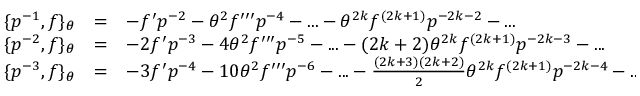
\begin{array} { l c l } { { \{ p ^ { - 1 } , f \} _ { \theta } } } & { { = } } & { { - f ^ { \prime } p ^ { - 2 } - { \theta } ^ { 2 } f ^ { \prime \prime \prime } p ^ { - 4 } - . . . - { \theta } ^ { 2 k } f ^ { ( 2 k + 1 ) } p ^ { - 2 k - 2 } - . . . } } \\ { { \{ p ^ { - 2 } , f \} _ { \theta } } } & { { = } } & { { - 2 f ^ { \prime } p ^ { - 3 } - 4 { \theta } ^ { 2 } f ^ { \prime \prime \prime } p ^ { - 5 } - . . . - ( 2 k + 2 ) { \theta } ^ { 2 k } f ^ { ( 2 k + 1 ) } p ^ { - 2 k - 3 } - . . . } } \\ { { \{ p ^ { - 3 } , f \} _ { \theta } } } & { { = } } & { { - 3 f ^ { \prime } p ^ { - 4 } - 1 0 { \theta } ^ { 2 } f ^ { \prime \prime \prime } p ^ { - 6 } - . . . - \frac { ( 2 k + 3 ) ( 2 k + 2 ) } { 2 } { \theta } ^ { 2 k } f ^ { ( 2 k + 1 ) } p ^ { - 2 k - 4 } - . . . } } \end{array}